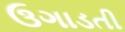
ઉગાડતી